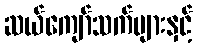
ဆယ်ကျော်သက်များနှင့်